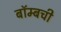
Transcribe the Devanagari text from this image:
बॉम्बची